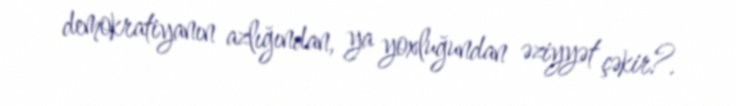
demokratiyanın azlığından, ya yoxluğundan əziyyət çəkir?.